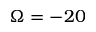
\Omega = - 2 0